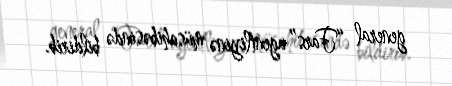
general “Fars” agentliyinə müsahibəsində bildirib.